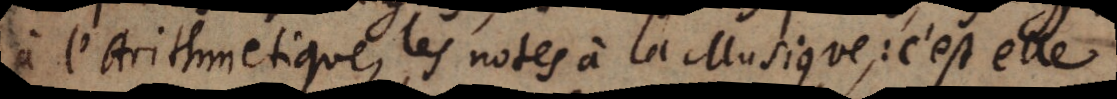
à l’Arithmetique, les notes à la Musique,: c’est elle